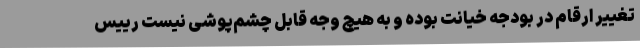
تغییر ارقام در بودجه خیانت بوده و به هیچ وجه قابل چشم‌پوشی نیست رییس